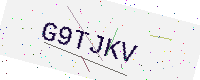
Text: G9TJKV